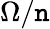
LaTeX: \Omega/\mathtt{n}